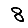
Digit: 8